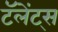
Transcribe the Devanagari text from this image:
टॅलेंट्स